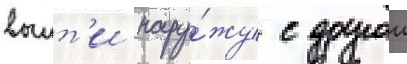
выит'и нару́жу с другои